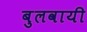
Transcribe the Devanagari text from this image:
बुलवायी